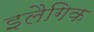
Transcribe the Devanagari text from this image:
इलैगिक